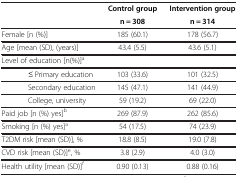
|  | Control group | Intervention group |
 |  | n = 308 | n = 314 |
 | --- | --- | --- |
 | Female [n (%)] | 185 (60.1) | 178 (56.7) |
 | Age [mean (SD), (years)] | 43.4 (5.5) | 43.6 (5.1) |
 | <COLSPAN=3> Level of education [n(%)]a |
 | ≤ Primary education | 103 (33.6) | 101 (32.5) |
 | Secondary education | 145 (47.1) | 141 (44.9) |
 | College, university | 59 (19.2) | 69 (22.0) |
 | Paid job [n (%) yes]b | 269 (87.9) | 262 (85.6) |
 | Smoking [n (%) yes]a | 54 (17.5) | 74 (23.9) |
 | T2DM risk [mean (SD)], % | 18.8 (8.5) | 19.0 (7.8) |
 | CVD risk [mean (SD)]e, % | 3.8 (2.9) | 4.0 (3.0) |
 | Health utility [mean (SD)]f | 0.90 (0.13) | 0.88 (0.16) |